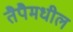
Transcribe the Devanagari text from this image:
तैपैमधील